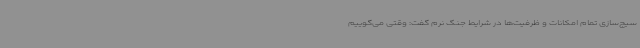
سیج‌سازی تمام امکانات و ظرفیت‌ها در شرایط جنگ نرم گفت: وقتی می‌گوییم